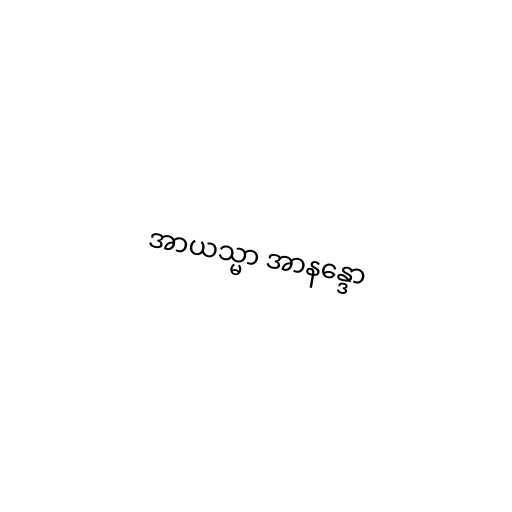
အာယသ္မာ အာနန္ဒော